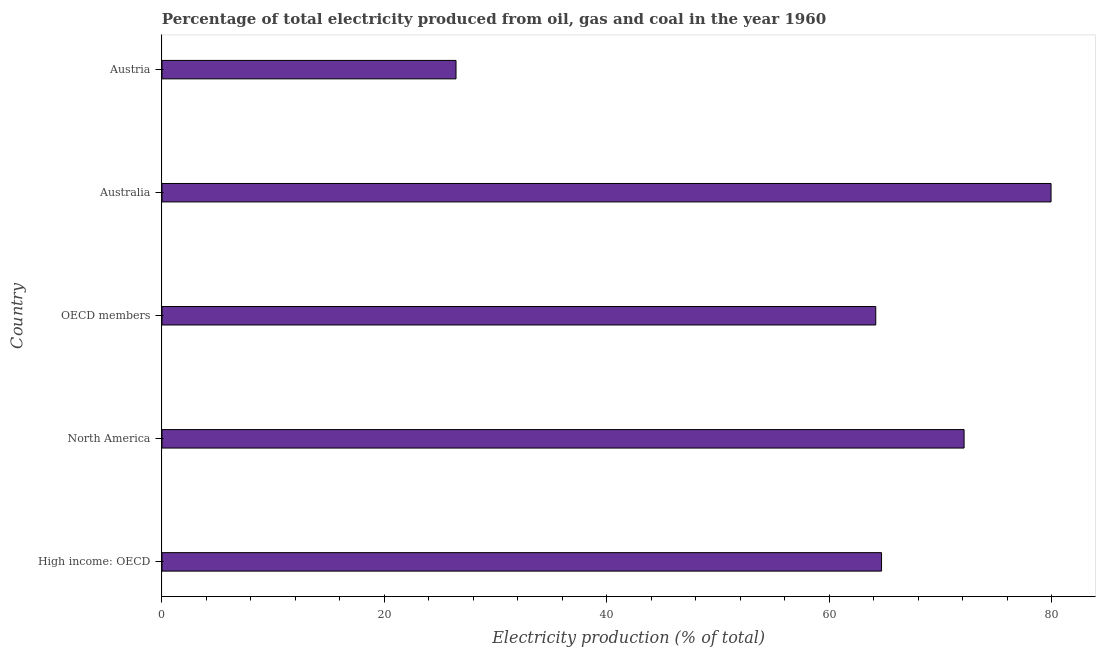
| Country | Electricity production |
 | --- | --- |
 | High income: OECD | 64.7 |
 | North America | 72.1 |
 | OECD members | 64.2 |
 | Australia | 79.9 |
 | Austria | 26.4 |